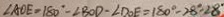
\angle A O E = 1 8 0 ^ { \circ } - \angle B O D - \angle D O E = 1 8 0 ^ { \circ } - 2 8 ^ { \circ } - 2 8 ^ { \circ }